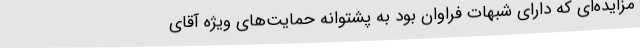
مزایده‌ای که دارای شبهات فراوان بود به پشتوانه حمایت‌های ویژه آقای